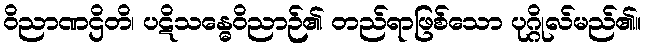
ဝိညာဏဌိတိ၊ ပဋိသန္ဓေဝိညာဉ်၏ တည်ရာဖြစ်သော ပုဂ္ဂိုလ်မည်၏။